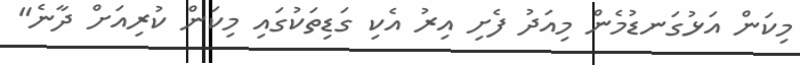
މިކަން އަޅުގަނޑުމެން މިއަދު ފެށި އިރު އެކި ގަޑިތަކުގައި މިކަން ކުރިއަށް ދާނެ"